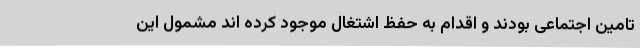
تامین اجتماعی بودند و اقدام به حفظ اشتغال موجود کرده اند مشمول این